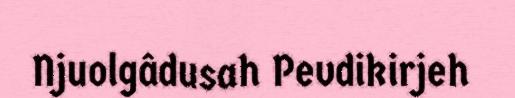
Njuolgâdusah Pevdikirjeh